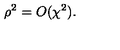
\rho ^ { 2 } = O ( \chi ^ { 2 } ) .